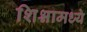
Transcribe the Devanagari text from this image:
शिश्नामध्ये